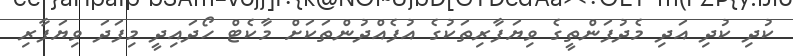
ކުދި ކުދި އަދި މެދުފަންތީގެ ވިޔަފާރިތަކުގެ އުފެއްދުންތަކަށް މާކެޓް ހޯދައިދީ މިފަދަ ވިޔަފާރި